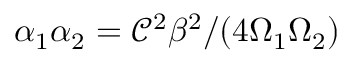
\alpha _ { 1 } \alpha _ { 2 } = \mathscr { C } ^ { 2 } \beta ^ { 2 } / ( 4 \Omega _ { 1 } \Omega _ { 2 } )